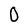
Character: O